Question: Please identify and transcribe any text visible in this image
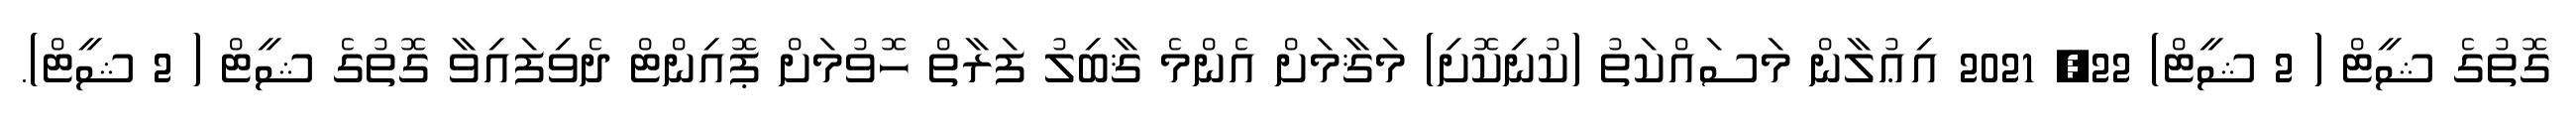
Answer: ގޮތުގެ ޝީޓް ( 2 ޝީޓް) 22, 2021 އިޢުލާން މަސައްކަތު (ކުނިކޮށި) މަޤާމަށް އެންމެ ޤާބިލު ފަރާތް ހޮވުމަށް ޕޮއިންޓް ދެވިފައިވާ ގޮތުގެ ޝީޓް ( 2 ޝީޓް).